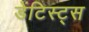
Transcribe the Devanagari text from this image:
डेंटिस्ट्स